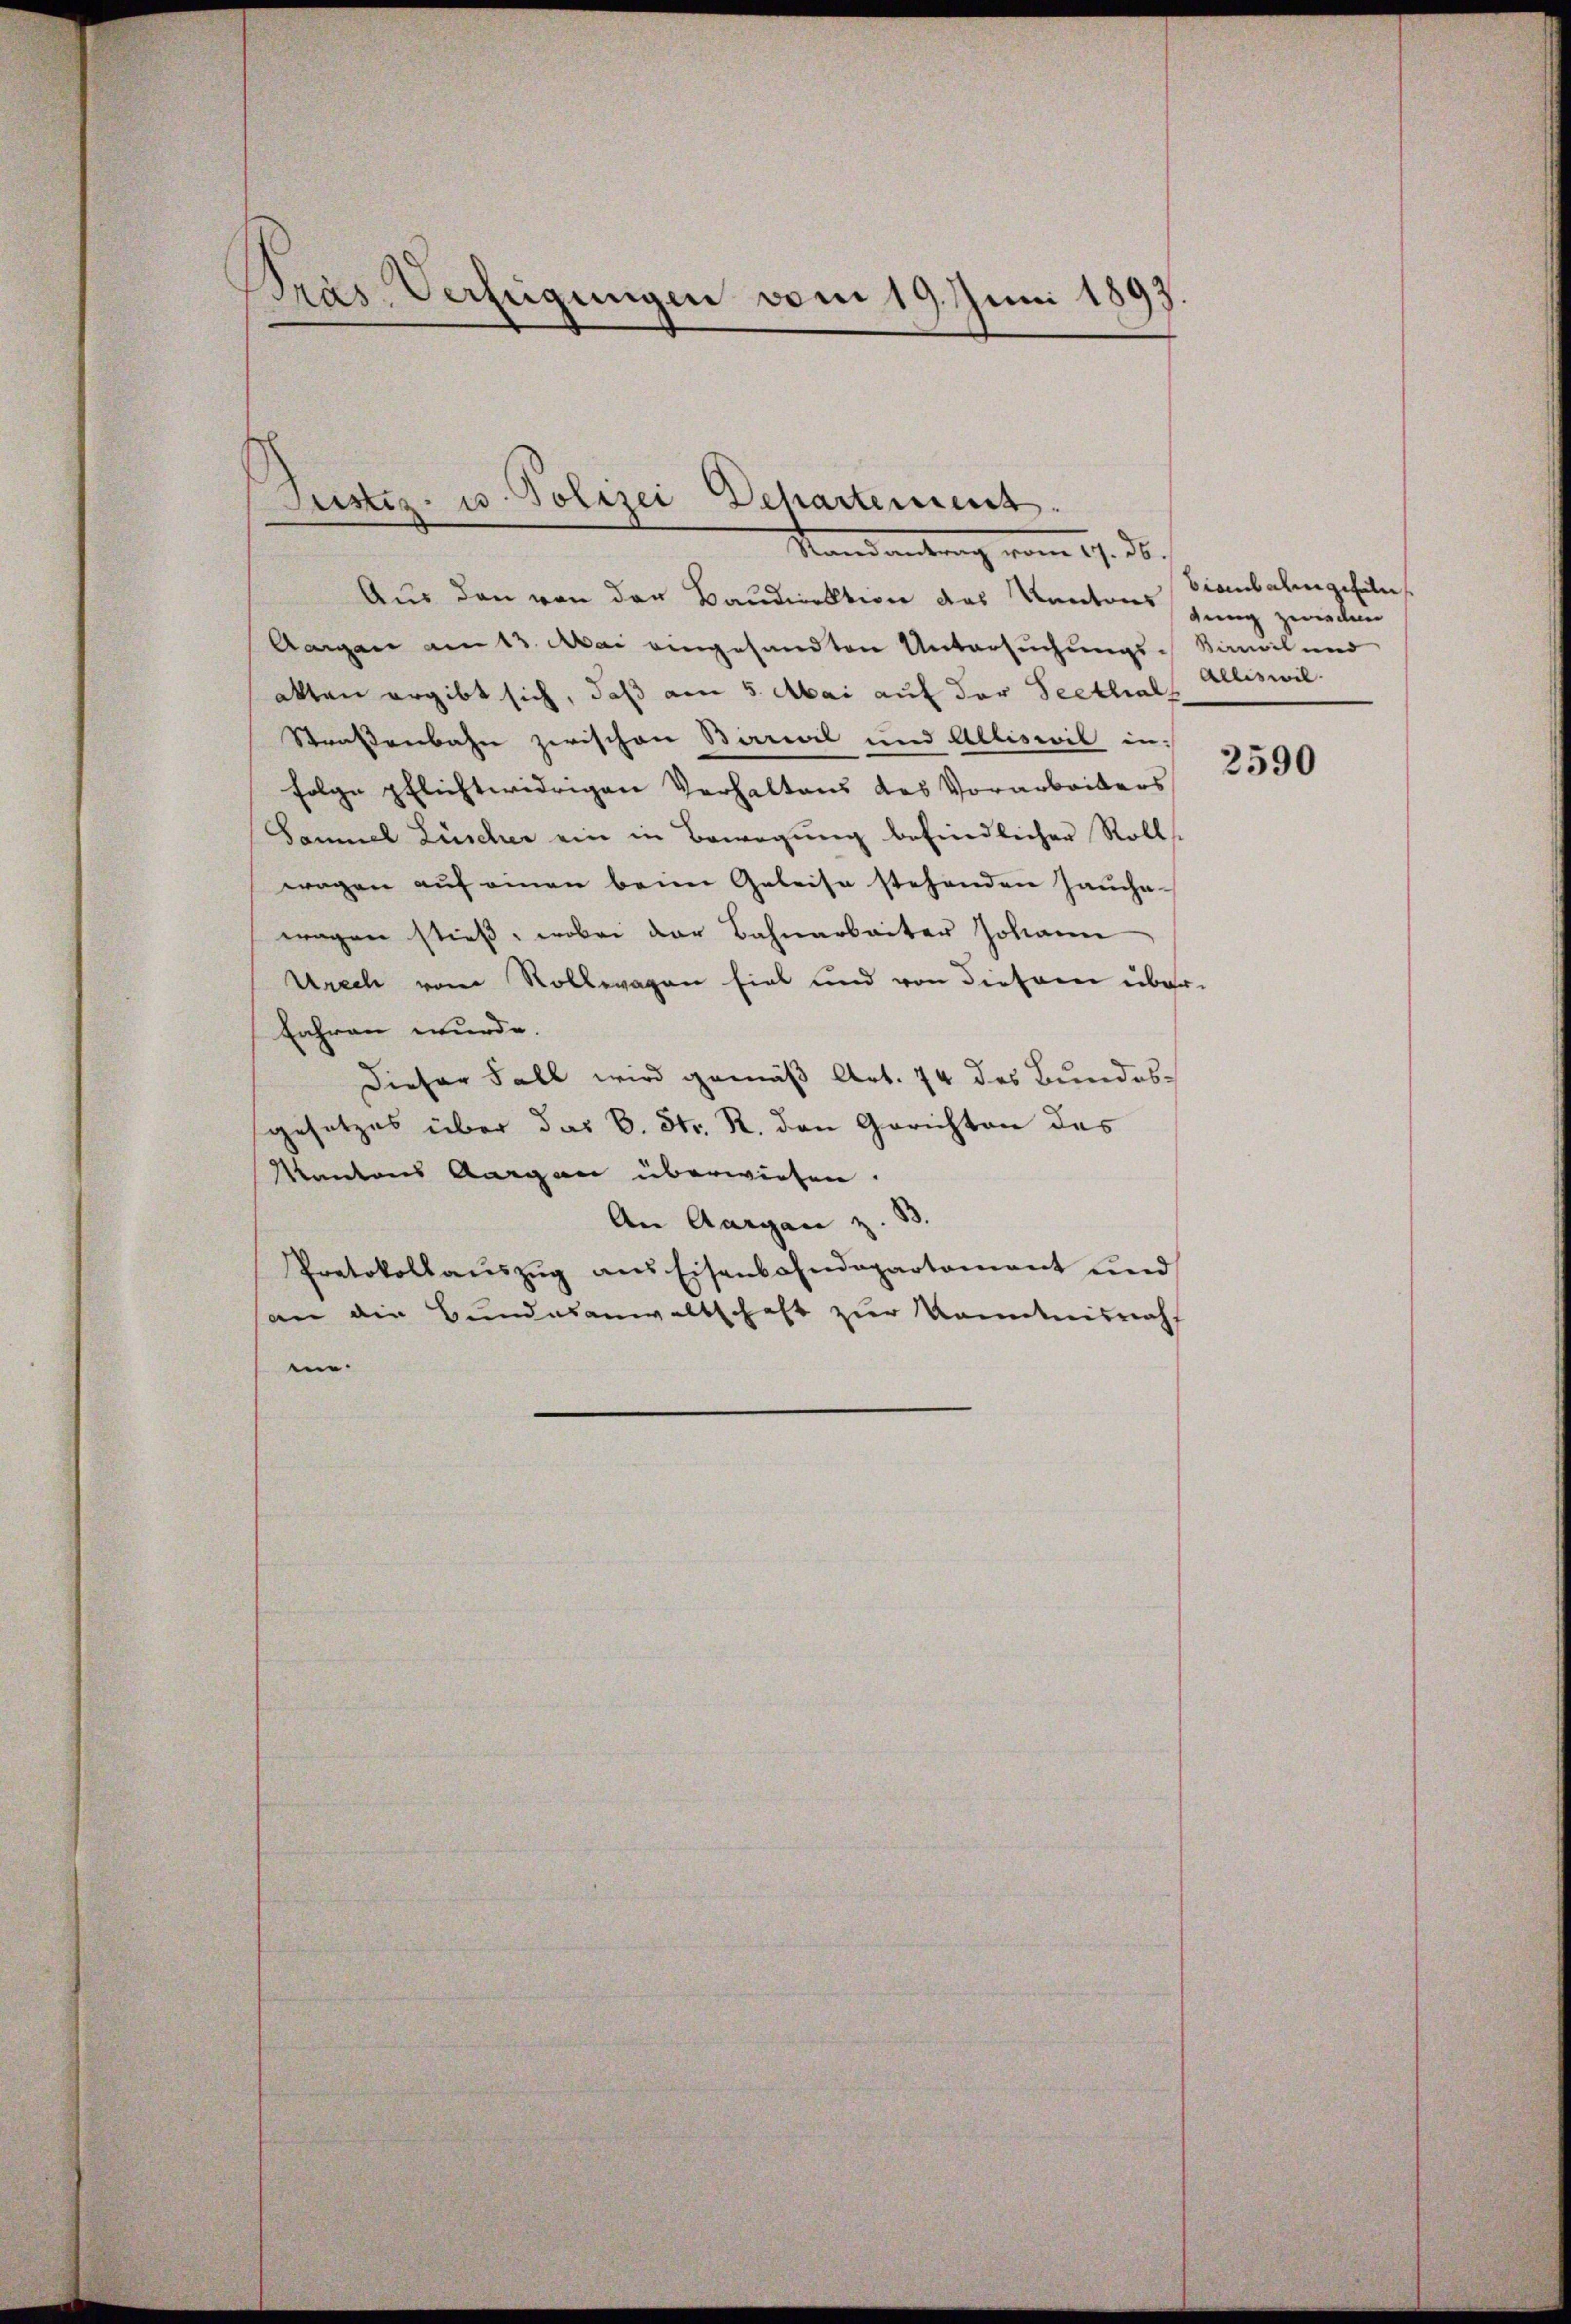
Pras Verfeigungen vom 19. Juni 1893

Justiz- u. Polizei Departement.
Mandantung vom 17. ds.

Aus den von der Baudirektion des Kantons jung zwieden
Aargau am 13. Mai eingesandten Untersuchungs-Kamel und
akten ergibt sich, daß am 5. Mai auf der Seethal
Straßenbahn zwischen Birrivil und Alliswil in
Folge pflichtwidrigen Verhaltens des Vorarbeiters
Samuel Lüscher ein in Bewegung befindlicher Roll
wagen auf einen beim Geleise stehenden Jauchawagen stieß, wobei der Bahnarbeiter Johann
Urech vom Rollwagen fiel und von diesem über-
Eahren wurde.
Dieser Fall wird gemäß Art. 74 des Bundesgesetzes über das B. Str. R. den Gerichten des
Kantons Aargau überwiesen.
An Aargau z. B.
Protokollaŭszŭg ans Eisenbahndepartamant und
an die Bundesanwaltschaft zur Kenntnisnah
en.

Biaubalm gehal
Alliswil

2590